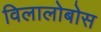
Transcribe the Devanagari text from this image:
विलालोबोस